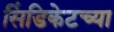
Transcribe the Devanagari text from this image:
सिंडिकेटच्या